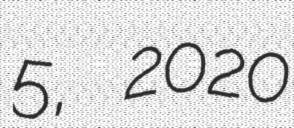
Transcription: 5, 2020